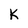
Character: K